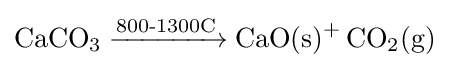
{\ce {CaCO3 ->[{800-1300C}]{CaO(s)}+ CO2(g)}}